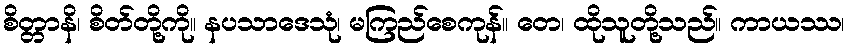
စိတ္တာနိ၊ စိတ်တို့ကို။ နပသာဒေသုံ၊ မကြည်စေကုန်။ တေ၊ ထိုသူတို့သည်။ ကာယဿ၊